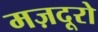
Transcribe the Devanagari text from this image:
मज़दूरो